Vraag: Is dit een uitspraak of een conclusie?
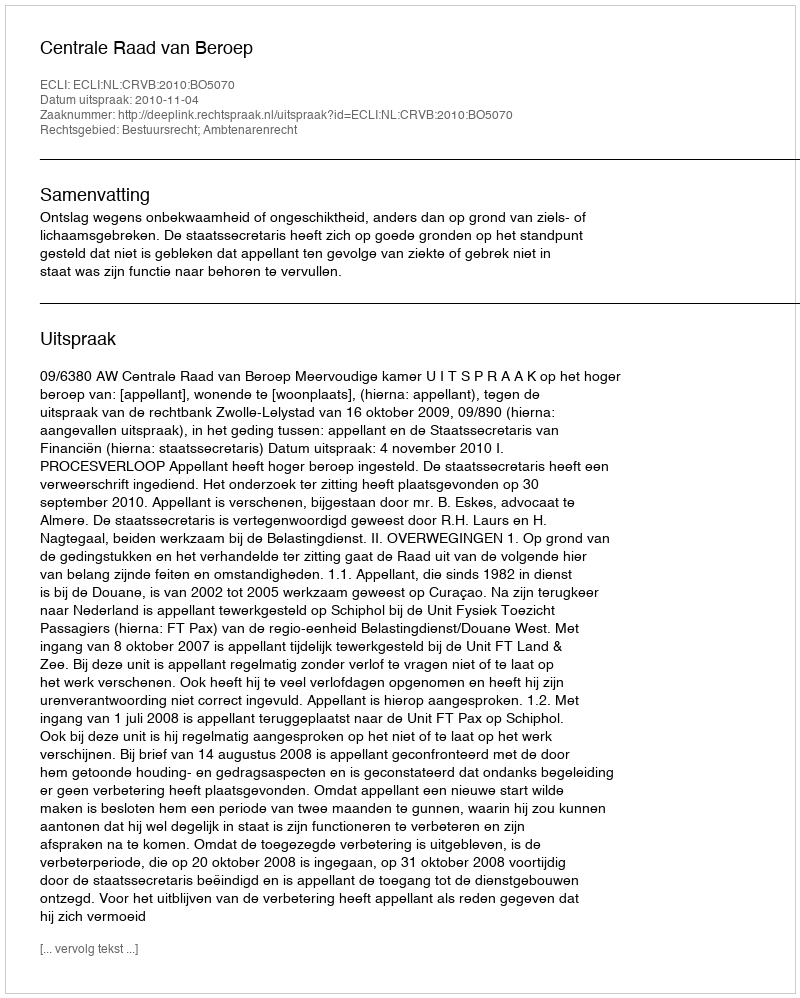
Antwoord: Uitspraak